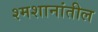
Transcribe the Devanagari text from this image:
श्मशानांतील